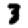
Digit: 3